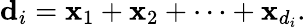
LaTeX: {\mathbf d}_{i}={\mathbf x}_{1}+{\mathbf x}_{2}+\cdots+{\mathbf x}_{d_{i}}.